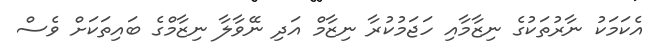
އެކަމަކު ނާރުތަކުގެ ނިޒާމާއި ހަޖަމުކުރާ ނިޒާމް އަދި ނޭވާލާ ނިޒާމްގެ ބައިތަކަށް ވެސް